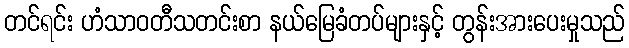
တင်ရင်း ဟံသာဝတီသတင်းစာ နယ်မြေခံတပ်များနှင့် တွန်းအားပေးမှုသည်